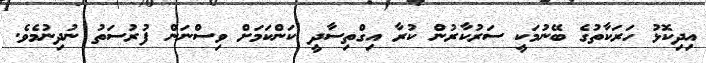
އިދިކޮޅު ހަރަކާތުގެ ބޭނުމަކީ ސަރުކާރުން ކުރާ އިގްތިސާދީ ކަންކަމަށް ވިސްނަން ފުރުސަތު ނުދިނުމެވެ.